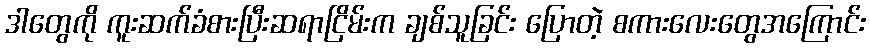
ဒါတွေကို ကူးဆက်ခံစားပြီးဆရာငြိမ်းက ချစ်သူခြင်း ပြောတဲ့ စကားလေးတွေအကြောင်း